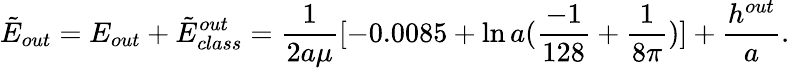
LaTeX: \tilde{E}_{out}=E_{out}+\tilde{E}_{class}^{out}=\frac{1}{2a\mu}[-0.0085+\ln a(\frac{-1}{128}+\frac{1}{8\pi})]+\frac{h^{out}}{a}.